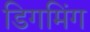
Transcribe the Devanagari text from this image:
डिगमिंग